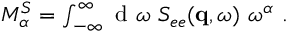
\begin{array} { r } { M _ { \alpha } ^ { S } = \int _ { - \infty } ^ { \infty } \textnormal { d } \omega \ S _ { e e } ( \mathbf { q } , \omega ) \ \omega ^ { \alpha } \ . } \end{array}